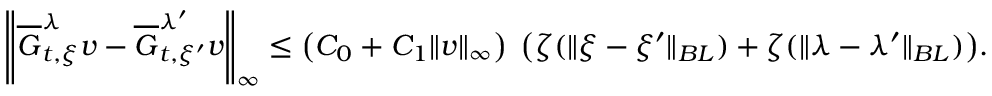
\begin{array} { r } { \left\| \overline { G } _ { t , \xi } ^ { \lambda } v - \overline { G } _ { t , \xi ^ { \prime } } ^ { \lambda ^ { \prime } } v \right\| _ { \infty } \le \left( C _ { 0 } + C _ { 1 } \| v \| _ { \infty } \right) \; \big ( \zeta ( \| \xi - \xi ^ { \prime } \| _ { B L } ) + \zeta ( \| \lambda - \lambda ^ { \prime } \| _ { B L } ) \big ) . } \end{array}